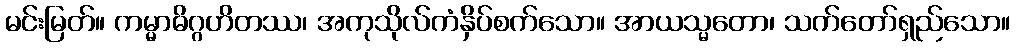
မင်းမြတ်။ ကမ္မာဓိဂ္ဂဟိတဿ၊ အကုသိုလ်ကံနှိပ်စက်သော။ အာယသ္မတော၊ သက်တော်ရှည်သော။